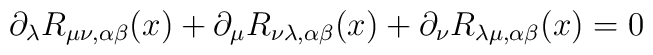
\partial_\lambda R_{\mu \nu , \alpha \beta}(x) +  \partial_\mu R_{\nu \lambda , \alpha \beta}(x) +  \partial_\nu R_{\lambda \mu , \alpha \beta}(x) = 0